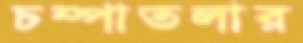
চম্পাতলার